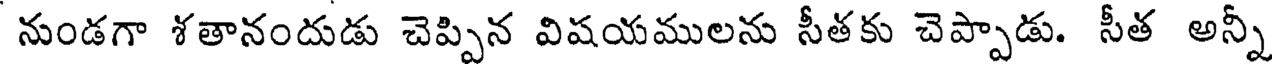
నుండగా శతానందుడు చెప్పిన విషయములను సీతకు చెప్పాడు. సీత అన్ని